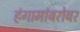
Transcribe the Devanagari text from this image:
हंगामांबरोबर